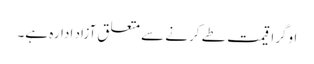
اوگرا قیمت طے کرنے سے متعلق آزاد ادارہ ہے۔